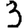
Digit: 3